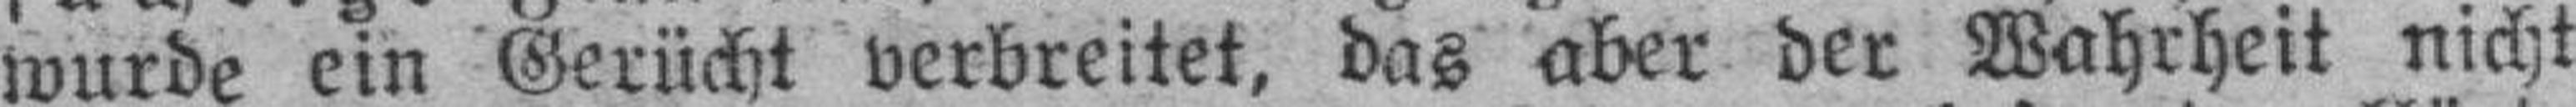
wurde ein Gerücht verbreitet, das aber der Wahrheit nicht